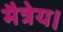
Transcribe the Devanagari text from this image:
मैत्रेय।